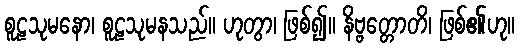
စူဠသုမနော၊ စူဠသုမနသည်။ ဟုတွာ၊ ဖြစ်၍။ နိဗ္ဗတ္တောတိ၊ ဖြစ်၏ဟု။